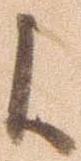
候